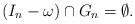
\begin{align*}(I_n - \omega) \cap G_{n} = \emptyset.\end{align*}